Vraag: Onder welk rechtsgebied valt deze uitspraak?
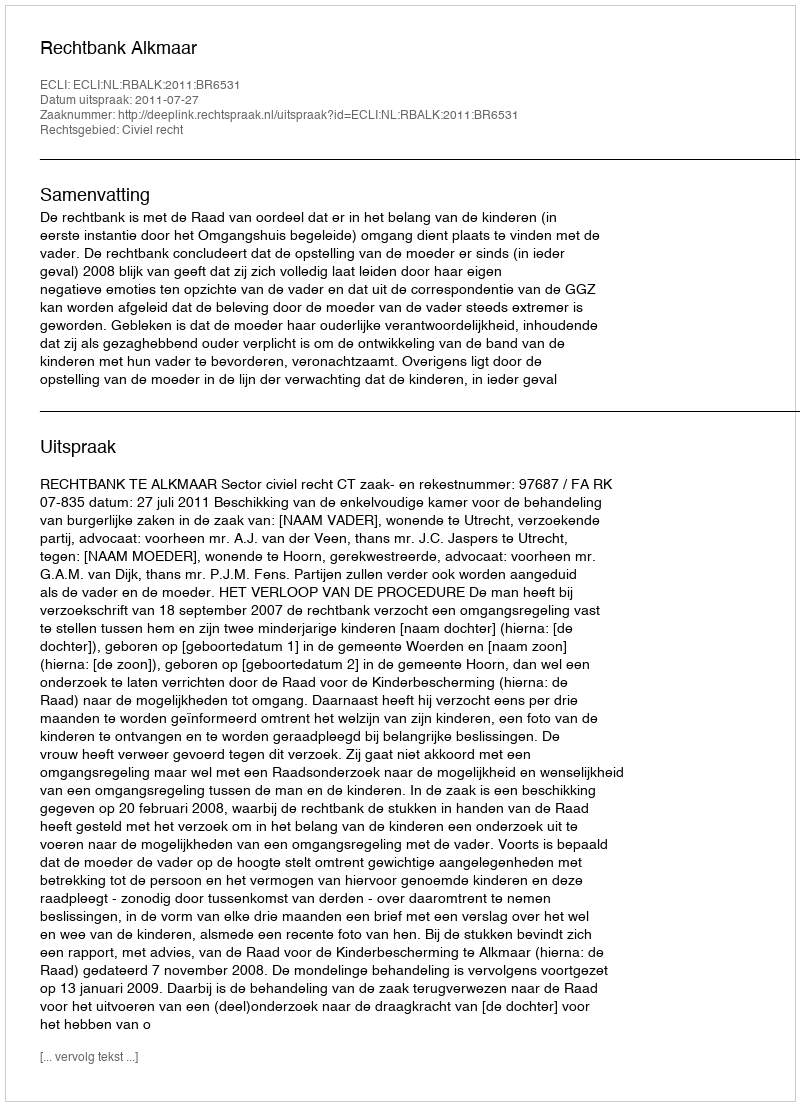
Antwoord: Civiel recht